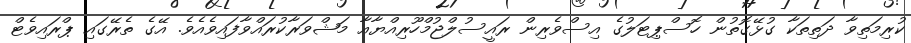
ކުރިމަތިވާ ދަތިތަކާ ގުޅޭގޮތުން ހޮސްޕިޓަލުގެ އިސްވެރިން ރައީސުލްޖުމްހޫރިއްޔާއާ މަޝްވަރާކުރައްވާފައިވެއެވެ. އޭގެ ތެރޭގައި ޕްރައިވެޓް